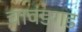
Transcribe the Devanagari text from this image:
चावंडगड